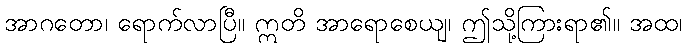
အာဂတော၊ ရောက်လာပြီ။ ဣတိ အာရောစေယျ၊ ဤသို့ကြားရာ၏။ အထ၊